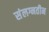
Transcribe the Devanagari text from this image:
संलग्नतीन